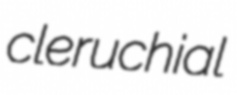
cleruchial